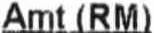
AMT (RM)